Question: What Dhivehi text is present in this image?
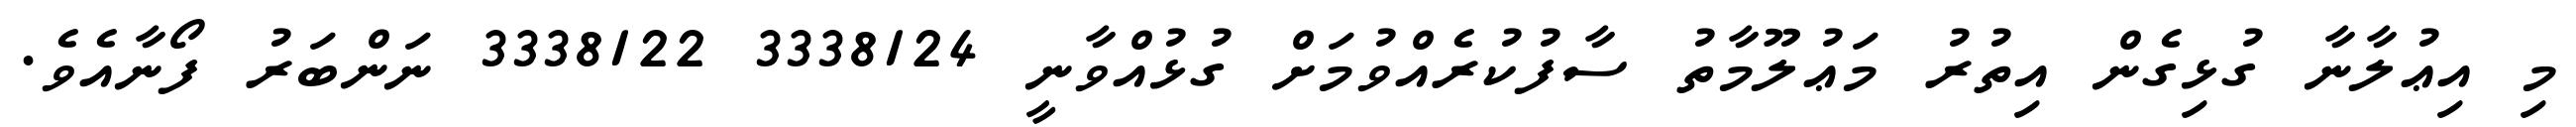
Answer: މި އިޢުލާނާ ގުޅިގެން އިތުރު މަޢުލޫމާތު ސާފުކުރެއްވުމަށް ގުޅުއްވާނީ 3338124 3338122 ނަންބަރު ފޯނާއެވެ.